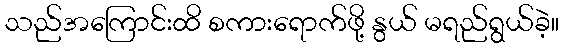
သည်အကြောင်းထိ စကားရောက်ဖို့ နွယ် မရည်ရွယ်ခဲ့။